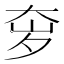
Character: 𫯥